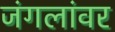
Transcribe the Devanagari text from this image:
जंगलांवर